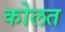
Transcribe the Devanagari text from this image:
कोलत